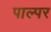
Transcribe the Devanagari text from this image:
पाल्पर